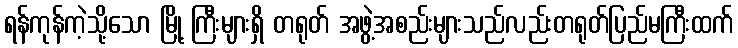
ရန်ကုန်ကဲ့သို့သော မြို့ ကြီးများရှိ တရုတ် အဖွဲ့အစည်းများသည်လည်းတရုတ်ပြည်မကြီးထက်